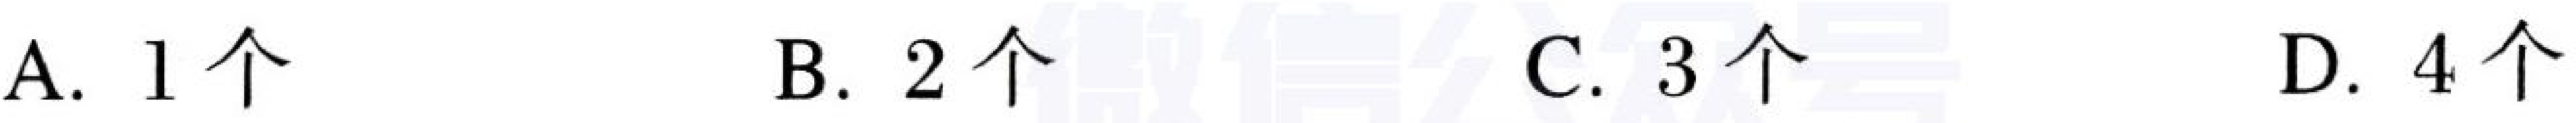
A. \(1\)个  B. \(2\)个  C. \(3\)个  D. \(4\)个